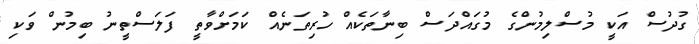
ގުދުސް އަކީ މުސްލިމުންގެ މުގައްދަސް ބިނާތަކެއް ހުރިތަނެއް ކަމަށްވާތީ ފަލަސްތީނު ބިމުން ވަކި